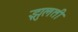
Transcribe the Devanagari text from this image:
झुलती